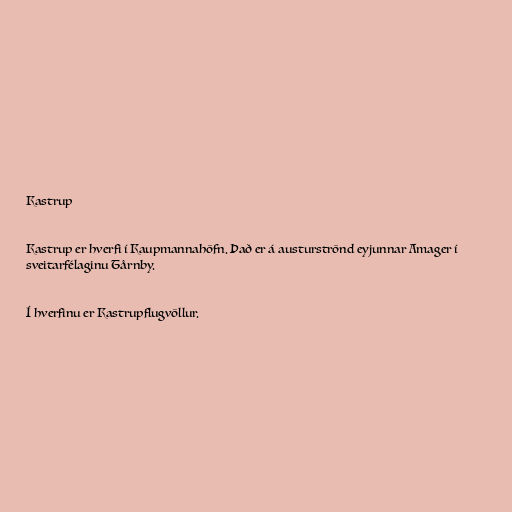
Kastrup

Kastrup er hverfi í Kaupmannahöfn. Það er á austurströnd eyjunnar Amager í
sveitarfélaginu Tårnby.

Í hverfinu er Kastrupflugvöllur.